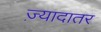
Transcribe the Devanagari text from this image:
ज्‍़यादातर